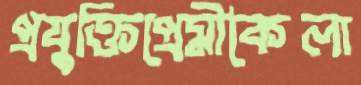
প্রযুক্তিপ্রেমীকৈলা